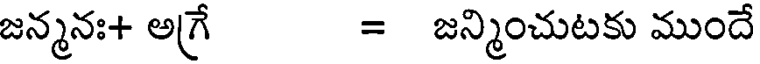
జన్మనః+ అగ్రే = జన్మించుటకు ముందే